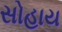
સોહાય